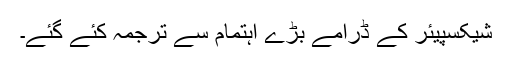
شیکسپیئر کے ڈرامے بڑے اہتمام سے ترجمہ کئے گئے۔